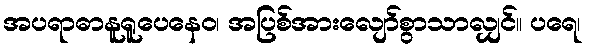
အပရာဓာနူရူပေနေဝ၊ အပြစ်အားလျော်စွာသာလျှင်။ ပရေ၊